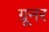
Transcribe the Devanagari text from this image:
ग्रूनर